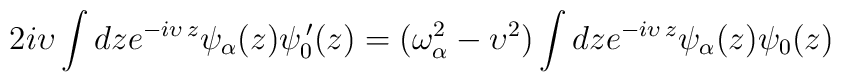
2i\upsilon \int dze^{-i\upsilon \,z}\psi _\alpha (z)\psi _0^{\,\prime}(z)=(\omega _\alpha ^2-\upsilon ^2)\int dze^{-i\upsilon \,z}\psi _\alpha(z)\psi _0(z)